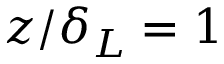
z / \delta _ { L } = 1